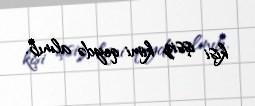
kişi işsiz kimi qeydə alınıb.